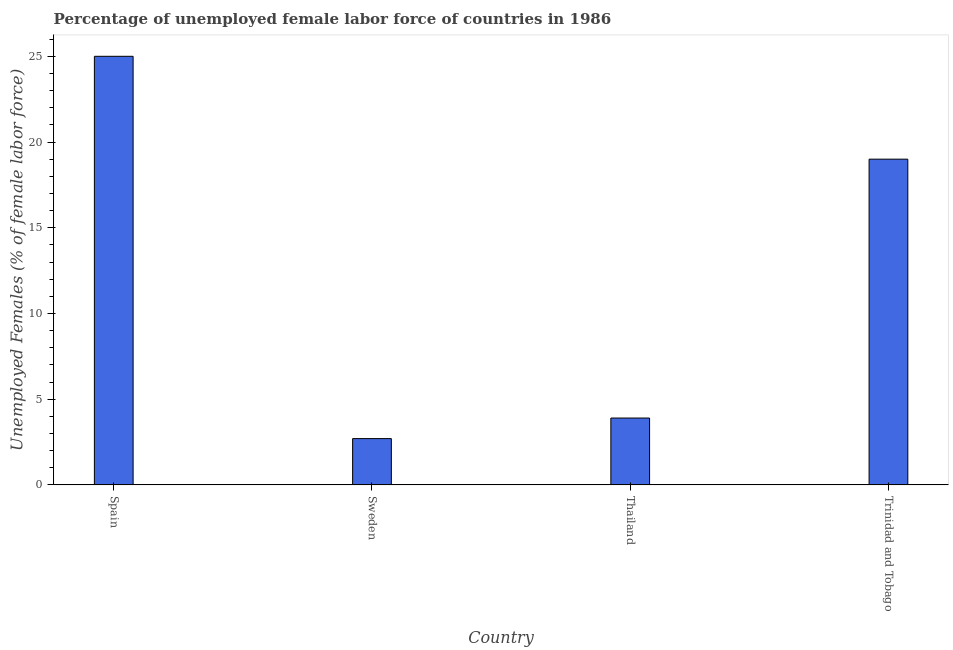
| Country | Unemployment female |
 | --- | --- |
 | Spain | 25 |
 | Sweden | 2.7 |
 | Thailand | 3.9 |
 | Trinidad and Tobago | 19 |